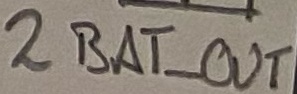
Text: 2BAT_OUT